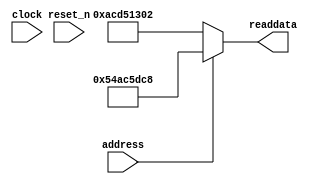
module soc_system_sysid_qsys_10 (
                address,
                clock,
                reset_n,
                readdata
             )
;
  output  [ 31: 0] readdata;
  input            address;
  input            clock;
  input            reset_n;
  wire    [ 31: 0] readdata;
  assign readdata = address ? 1420582344 : 2899645186;
endmodule